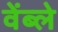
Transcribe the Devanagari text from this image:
वेंब्ले